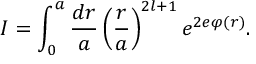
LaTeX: I = \int _ { 0 } ^ { a } \frac { d r } { a } \left( \frac { r } { a } \right) ^ { 2 l + 1 } e ^ { 2 e \varphi ( r ) } .